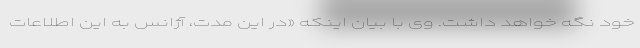
خود نگه خواهد داشت. وی با بیان اینکه «در این مدت، آژانس به این اطلاعات